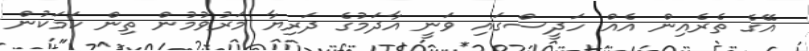
އޭގެ ތެރެއިން އެއް ހަދީސްގައި ވަނީ އާދަމުގެ ދަރިޔާ މަރުވުމުން ތިން ކަމަކުން